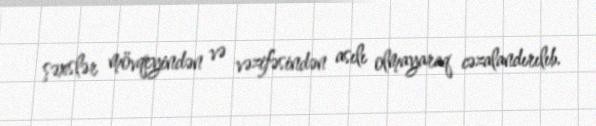
şəxslər mövqeyindən və vəzifəsindən asılı olmayaraq cəzalandırılıb.